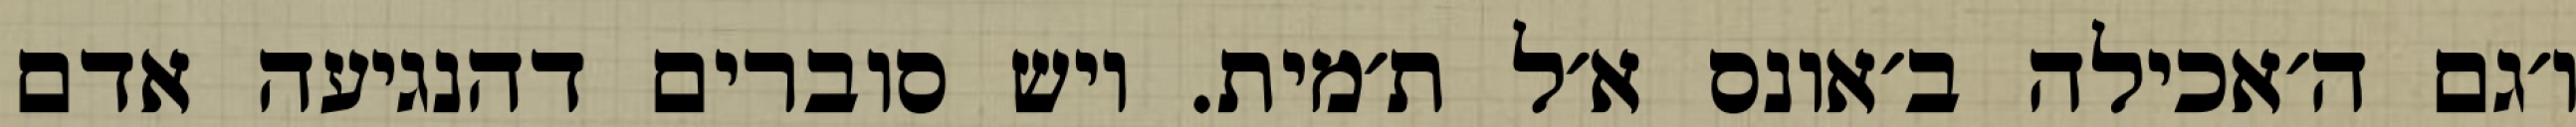
ו׳גם ה׳אכילה ב׳אונס א׳ל ת׳מית. ויש סוברים דהנגיעה אדם